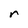
Character: r